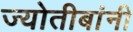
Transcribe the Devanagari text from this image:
ज्योतीबांनी